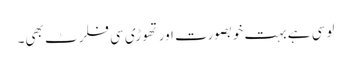
لوسی ہے بہت خوبصورت اور تھوڑی سی فلرٹ بھی۔